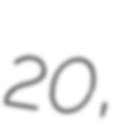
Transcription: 20,